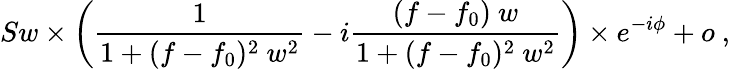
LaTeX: Sw\times\left(\frac{1}{1+(f-f_{0})^{2}\ w^{2}}-i\frac{(f-f_{0})\ w}{1+(f-f_{0})^{2}\ w^{2}}\right)\times e^{-i\phi}+o\ ,